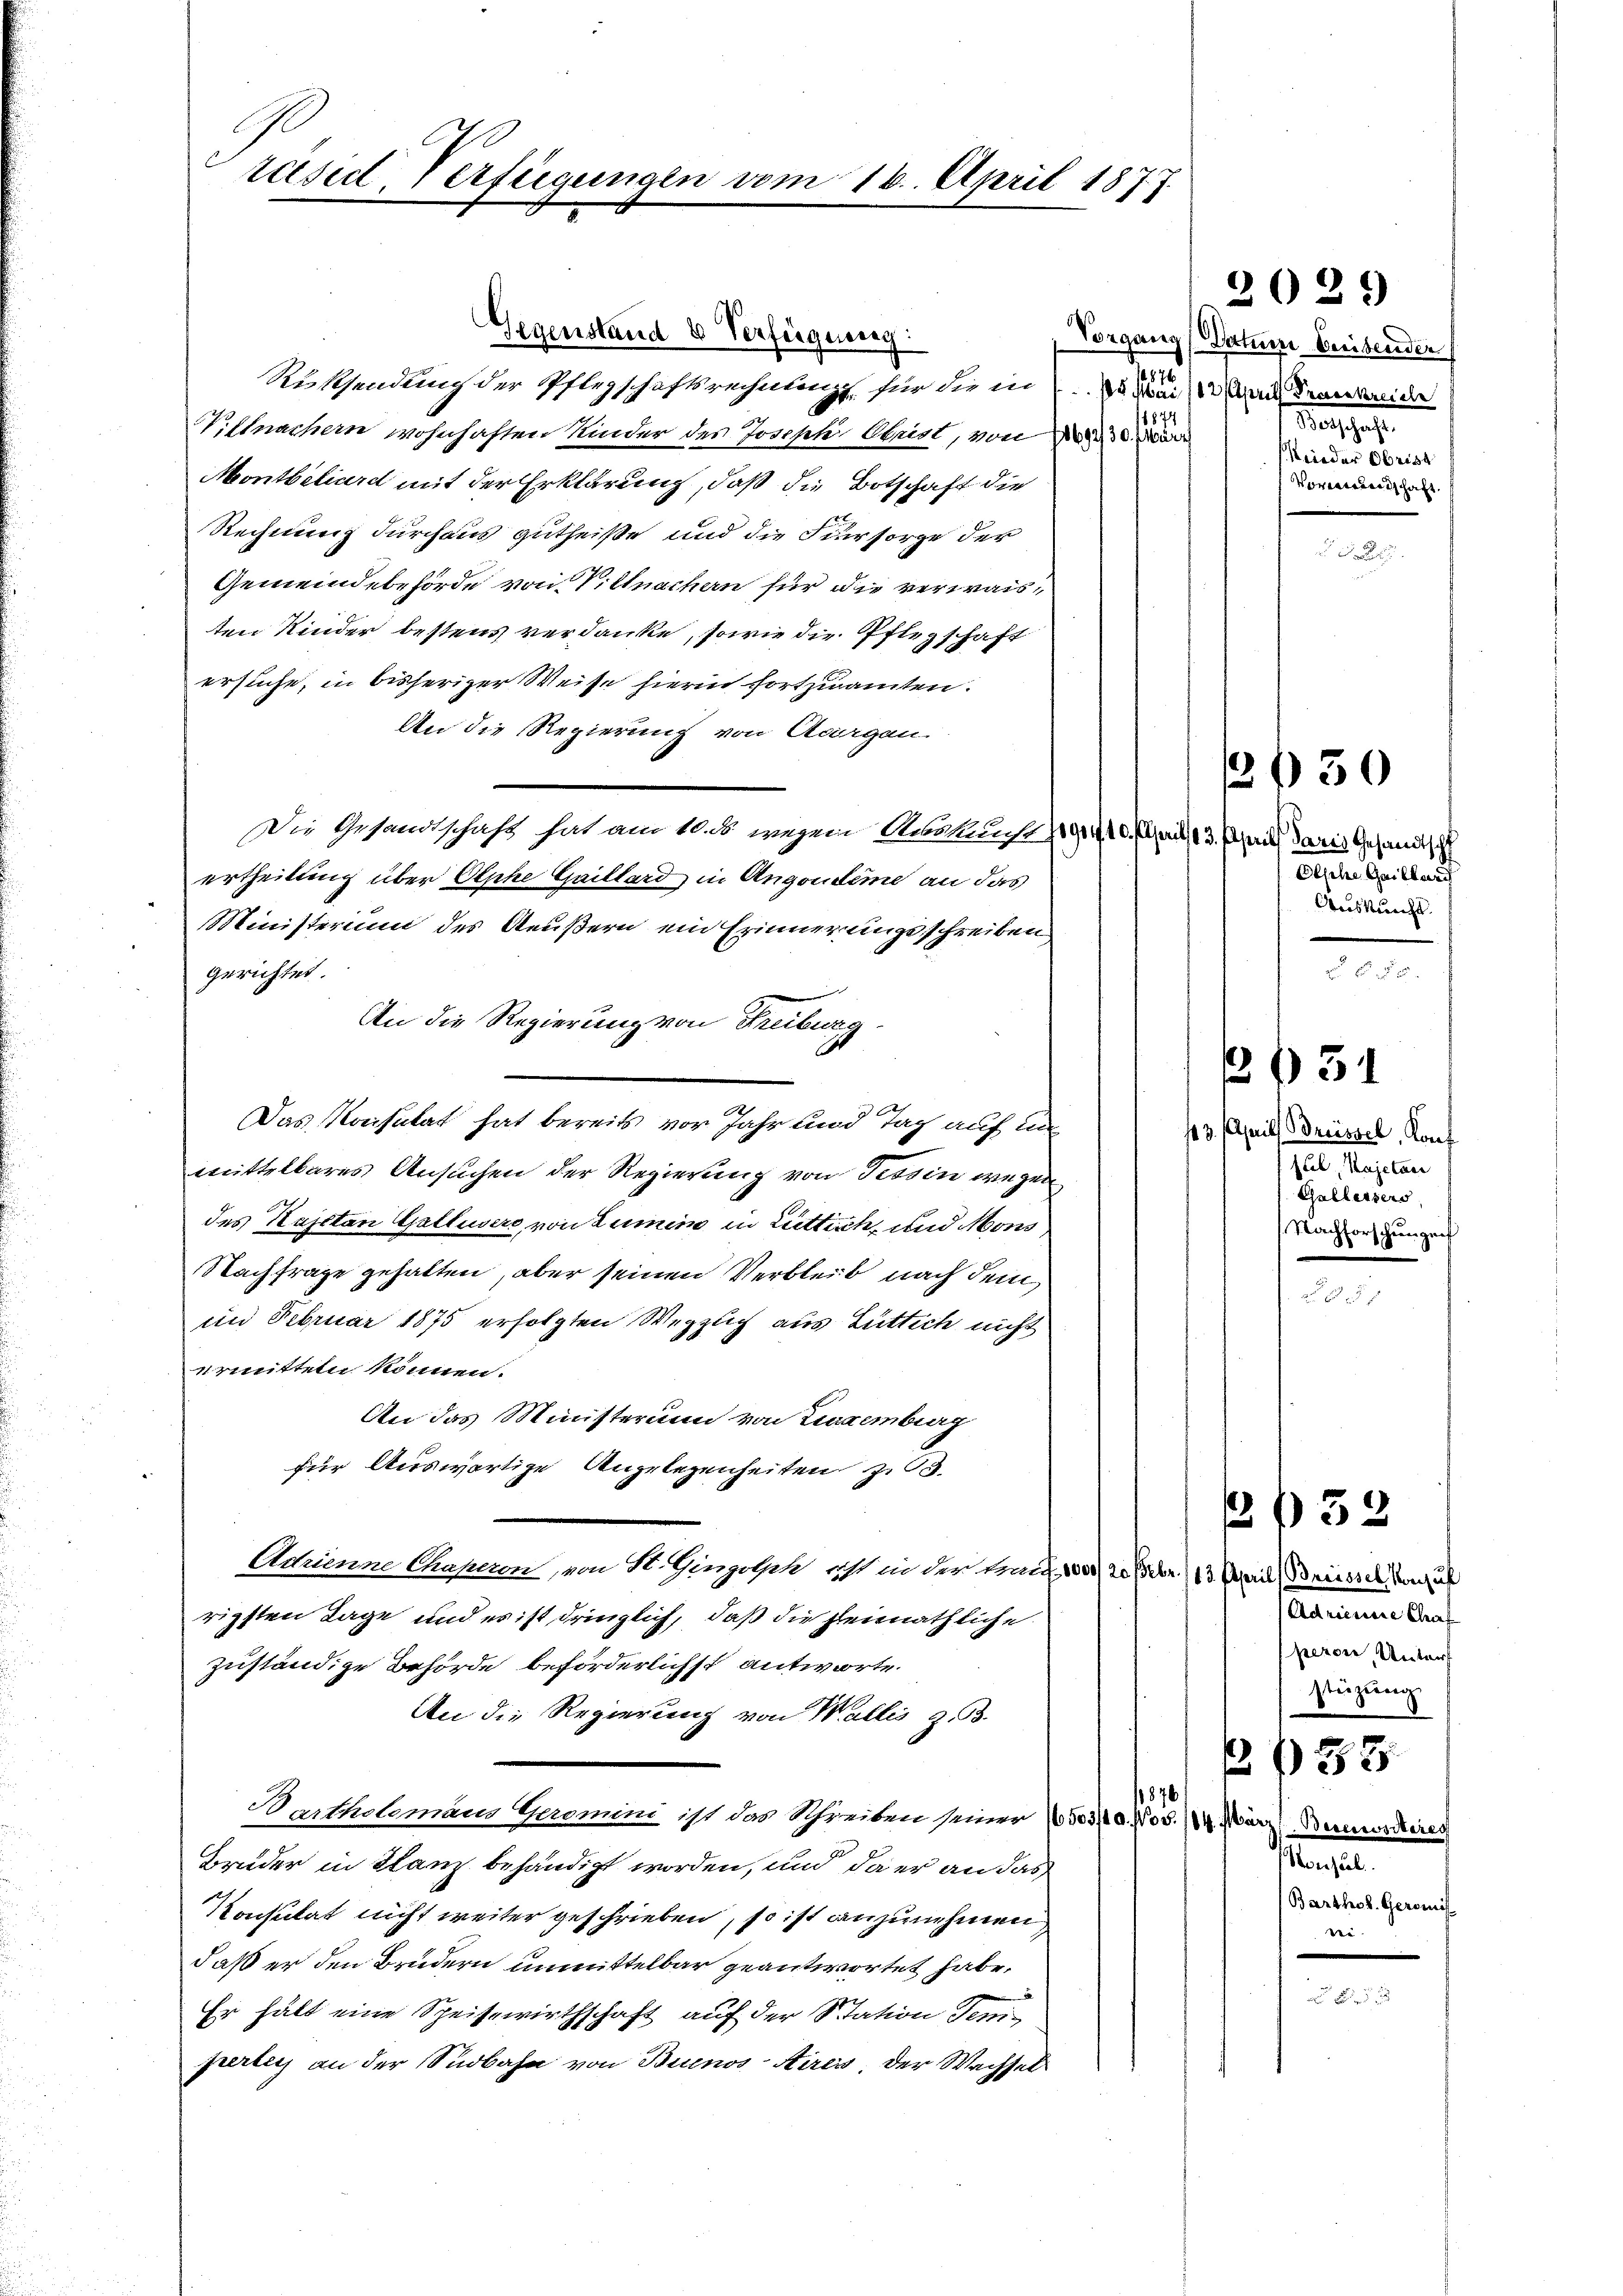
d
räsid. Verfügungen vom 16. April 1877.

Gegenstand 4 Verfügung:
876
Rüksendung der Pflegschaftsrechnung, für die in ein demande
Wistnachern wohnhaften Kinder des Joseph Obrist, von
Montbeliard mit der Erklärung, daß die Botschaft die
Rechnung durchaus gutheiße und die Fürsorge der
Gemeindebehörde von Villnachern für die verwaisten Kinder bestens verdanke, sowie die Pflegschaft
ersuche, in bisheriger Weise hierin fortzuamten.
An die Regierung von Aargau
Die Gesandtschaft hat am 10. ds. wegen Auskunft 191410. Chris 13. April daris Gesandtsch
ertheilung über Oephe Heillard in Angendene an das
Ministerium des Aeußern ein Erinnerunge schreiben
gerichtet.
An die Regierung von Freiburg
Das Konsulat hat bereits vor Jahr und Tag auf un
mittelbares Ansuchen der Regierung von Tessin wegen
des Kajetan Gallusers, von Lumen in Luttich, und Mons
Nachfrage gehalten, aber seinen Verbleib nach dem
in Februar 1875 erfolgten Wegzug aus Lüttich nicht
ermitteln können.
An das Ministerium von Liezemberg
für Auswärtige Angelegenheiten zu
Achinne Chaperon, von St. Gingelsch ist in der Trauf 100 / 20 Febr. /13. April (Briessel gut
rigsten Tage und es ist dringlich, daß die Heimathliche
zuständige Behörde beförderlichst antworte.
An die Regierung von Wallis z. B.
1876
Bartholomans Geomini ist das Schreiben seiner 1505/10. Nov. 14. März l. Bereiteres
Bruder in Glanz behändigt worden, und da er an das
Konsulat nicht weiter geschrieben, so ist anzunehmen
daß er den Brüdern unmittelbar geantwortet habe,
Er hält eine Speisewirthschaft auf der Station Temperlich an der Südbahn von Buenos Aires, der Wachsel

2029

Vorgang (Datum Breitender
Magschaft
Mieder Obrist
Vormundschaft

Olphe Guillar
Auskunft.
 § 155.

2 f 30

143. April Breissel, Konf
ful, Kajetan
Gallersers,
Nachforschungen

36 31

Alment lang
peron, Unters
stüzung.
B 33
Aoeseel.
(Barthol. Geromit
rei-

f 32